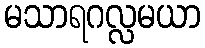
မသာရဂလ္လမယာ